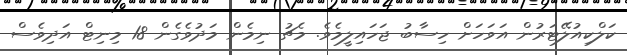
ކަލްކިއުލޭޓަރުން އަވަހަށް ހިސާބު ޖަހައިލީމެވެ. މެޗު ނިމެން މަދުވެގެން 18 މިނިޓް އަދިވެސް